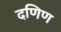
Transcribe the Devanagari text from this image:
दणिण